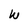
Character: W